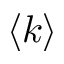
\left< k \right>